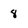
Character: 8